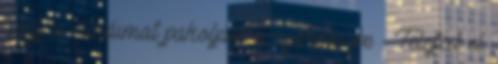
hogy a ruháimat pakoljam a szekrénybe - Felejtsd el.